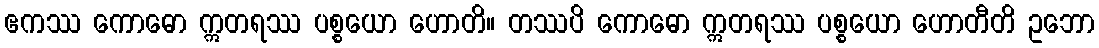
ဧကဿ ကောဓော ဣတရဿ ပစ္စယော ဟောတိ။ တဿပိ ကောဓော ဣတရဿ ပစ္စယော ဟောတီတိ ဥဘော